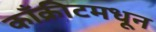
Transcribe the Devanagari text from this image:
काँक्रीटमधून